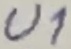
Text: U1